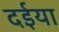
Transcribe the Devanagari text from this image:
दईया